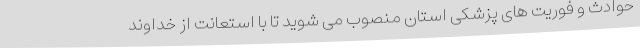
حوادث و فوریت های پزشکی استان منصوب می شوید تا با استعانت از خداوند